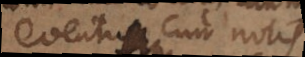
eventuum cum notis